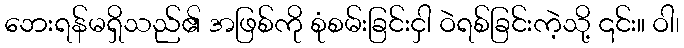
ဘေးရန်မရှိသည်၏ အဖြစ်ကို စုံစမ်းခြင်းငှါ ဝဲရစ်ခြင်းကဲ့သို့ ၎င်း။ ဝါ၊